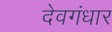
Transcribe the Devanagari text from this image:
देवगंधार